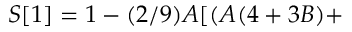
S [ 1 ] = 1 - ( 2 / 9 ) A [ ( A ( 4 + 3 B ) +